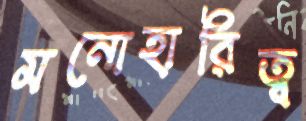
মনোহারিত্ব